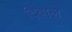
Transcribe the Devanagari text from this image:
दिवाले